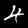
Label: 4